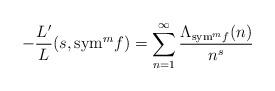
LaTeX: \begin{align*}-\frac{L'}{L}(s, {\rm sym}^m f)=\sum_{n=1}^{\infty} \frac{\Lambda_{{\rm sym}^m f}(n)}{n^s}\end{align*}